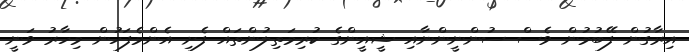
އިރާގުން ފޭބުމުން ވެސް ސުންނީންނާއި ޝީއީންގެ ކުރިމަތިލުންތައް ފެށި އެންމެފަހުން މިހާރު ވަނީ